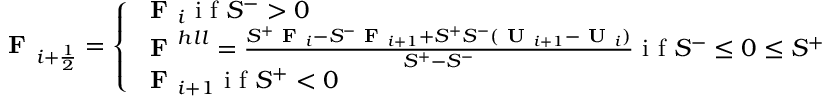
\textbf { F } _ { i + \frac { 1 } { 2 } } = \left\{ \begin{array} { l l } { \textbf { F } _ { i } \textrm { i f } S ^ { - } > 0 } \\ { \textbf { F } ^ { h l l } = \frac { S ^ { + } \textbf { F } _ { i } - S ^ { - } \textbf { F } _ { i + 1 } + S ^ { + } S ^ { - } ( \textbf { U } _ { i + 1 } - \textbf { U } _ { i } ) } { S ^ { + } - S ^ { - } } \textrm { i f } S ^ { - } \leq 0 \leq S ^ { + } } \\ { \textbf { F } _ { i + 1 } \textrm { i f } S ^ { + } < 0 } \end{array} \right.